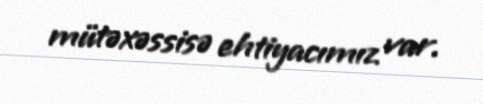
mütəxəssisə ehtiyacımız var.